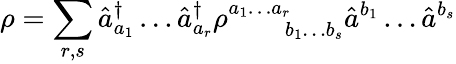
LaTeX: \rho=\sum_{r,s}\hat{a}_{a_{1}}^{\dagger}\ldots\hat{a}_{a_{r}}^{\dagger}\rho_{\quad\quad b_{1}\ldots b_{s}}^{a_{1}\ldots a_{r}}\hat{a}^{b_{1}}\ldots\hat{a}^{b_{s}}